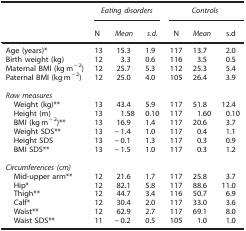
<table><thead><tr><td><b> </b></td><td colspan="3"><b><i>Eating disorders</i></b></td><td colspan="3"><b><i>Controls</i></b></td></tr><tr><td><b> </b></td><td><b>N</b></td><td><b><i>Mean</i></b></td><td><b><i>s.d.</i></b></td><td><b>N</b></td><td><b><i>Mean</i></b></td><td><b>s.d</b></td></tr></thead><tbody><tr><td>Age (years)*</td><td>13</td><td>15.3</td><td>1.9</td><td>117</td><td>13.7</td><td>2.0</td></tr><tr><td>Birth weight (kg)</td><td>12</td><td>3.3</td><td>0.6</td><td>116</td><td>3.5</td><td>0.5</td></tr><tr><td>Maternal BMI (kg m<sup>−2</sup>)</td><td>12</td><td>25.7</td><td>5.3</td><td>112</td><td>25.3</td><td>5.4</td></tr><tr><td>Paternal BMI (kg m<sup>−2</sup>)</td><td>12</td><td>25.0</td><td>4.0</td><td>105</td><td>26.4</td><td>3.9</td></tr><tr><td> </td><td> </td><td> </td><td> </td><td> </td><td> </td><td> </td></tr><tr><td colspan="7"><i>Raw measures</i></td></tr><tr><td> Weight (kg)**</td><td>13</td><td>43.4</td><td>5.9</td><td>117</td><td>51.8</td><td>12.4</td></tr><tr><td> Height (m)</td><td>13</td><td>1.58</td><td>0.10</td><td>117</td><td>1.60</td><td>0.10</td></tr><tr><td> BMI (kg m<sup>−2</sup>)**</td><td>13</td><td>16.9</td><td>1.4</td><td>117</td><td>20.6</td><td>3.7</td></tr><tr><td> Weight SDS**</td><td>13</td><td>−1.4</td><td>1.0</td><td>117</td><td>0.4</td><td>1.1</td></tr><tr><td> Height SDS</td><td>13</td><td>−0.1</td><td>1.3</td><td>117</td><td>0.3</td><td>0.9</td></tr><tr><td> BMI SDS**</td><td>13</td><td>−1.5</td><td>1.0</td><td>117</td><td>0.3</td><td>1.2</td></tr><tr><td> </td><td> </td><td> </td><td> </td><td> </td><td> </td><td> </td></tr><tr><td colspan="7"><i>Circumferences (cm)</i></td></tr><tr><td> Mid-upper arm**</td><td>12</td><td>21.6</td><td>1.7</td><td>117</td><td>25.8</td><td>3.7</td></tr><tr><td> Hip*</td><td>12</td><td>82.1</td><td>5.8</td><td>117</td><td>88.6</td><td>11.0</td></tr><tr><td> Thigh**</td><td>12</td><td>44.7</td><td>3.4</td><td>116</td><td>50.7</td><td>6.9</td></tr><tr><td> Calf*</td><td>12</td><td>30.4</td><td>2.0</td><td>117</td><td>33.0</td><td>3.6</td></tr><tr><td> Waist**</td><td>12</td><td>62.9</td><td>2.7</td><td>117</td><td>69.1</td><td>8.0</td></tr><tr><td> Waist SDS**</td><td>11</td><td>−0.2</td><td>0.5</td><td>105</td><td>1.0</td><td>1.0</td></tr></tbody></table>